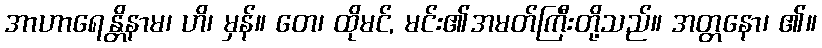
အာဟာရေန္တိနာမ၊ ဟိ၊ မှန်။ တေ၊ ထိုမင်, မင်း၏အမတ်ကြီးတို့သည်။ အတ္တနော၊ ၏။